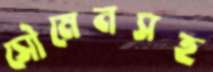
সৌমেনসহ